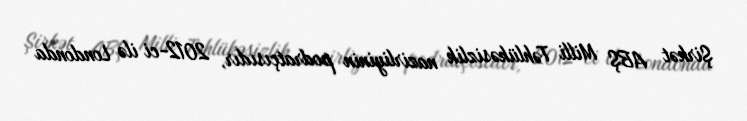
Şirkət ABŞ Milli Təhlükəsizlik nazirliyinin podratçısıdır, 2012-ci ilə Londonda